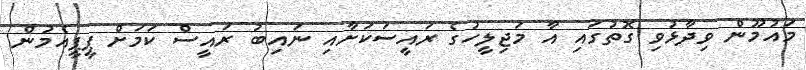
މައުމޫން ވިދާޅުވި ގޮތުގައި އާ މަޖިލީހުގެ ރައީސަކަށާއި ނައިބު ރައީސް ކަމަށް ޕީޕީއެމުން